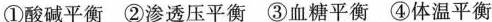
① 酸碱平衡②渗透压平衡 ③血糖平衡 ④体温平衡